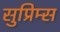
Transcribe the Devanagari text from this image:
सुप्रिम्स